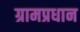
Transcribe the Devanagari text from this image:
ग्रामप्रधान